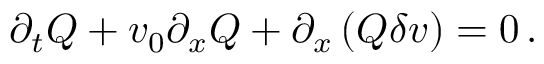
\partial _ { t } Q + v _ { 0 } \partial _ { x } Q + \partial _ { x } \left( Q \delta v \right) = 0 \, .